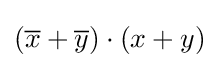
({\overline {x}}+{\overline {y}})\cdot (x+y)